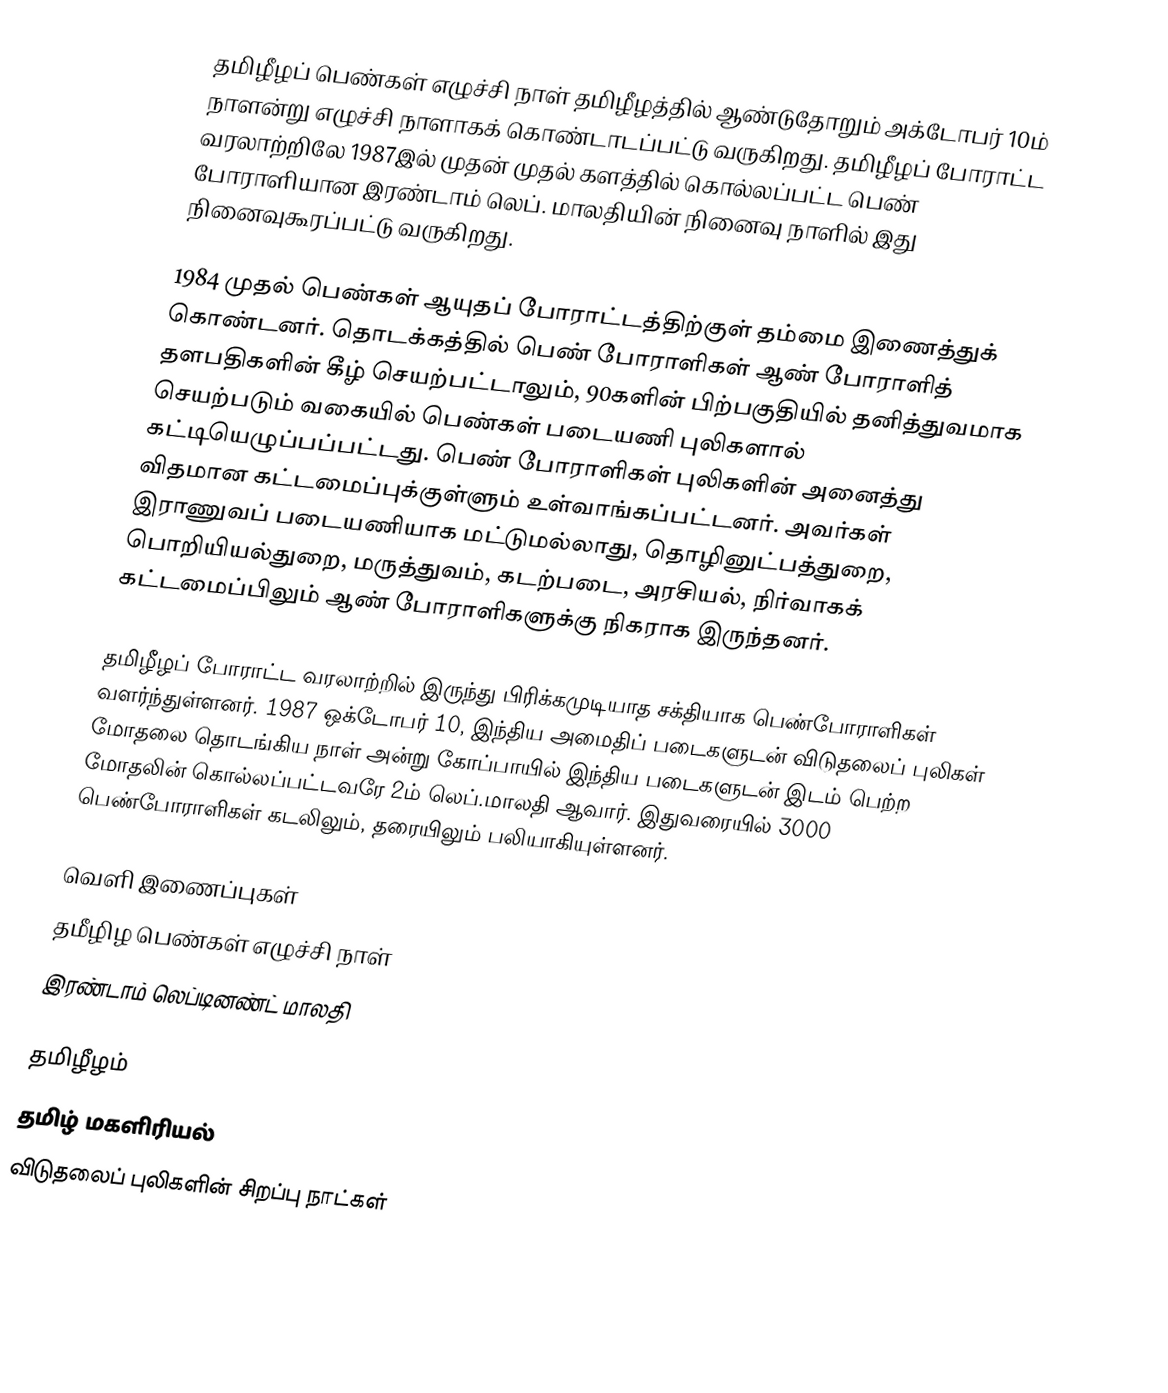
தமிழீழப் பெண்கள் எழுச்சி நாள் தமிழீழத்தில் ஆண்டுதோறும் அக்டோபர் 10ம் நாளன்று எழுச்சி நாளாகக் கொண்டாடப்பட்டு வருகிறது. தமிழீழப் போராட்ட வரலாற்றிலே 1987இல் முதன் முதல் களத்தில் கொல்லப்பட்ட பெண் போராளியான இரண்டாம் லெப். மாலதியின் நினைவு நாளில் இது நினைவுகூரப்பட்டு வருகிறது.

1984 முதல் பெண்கள் ஆயுதப் போராட்டத்திற்குள் தம்மை இணைத்துக் கொண்டனர். தொடக்கத்தில் பெண் போராளிகள் ஆண் போராளித் தளபதிகளின் கீழ் செயற்பட்டாலும், 90களின் பிற்பகுதியில் தனித்துவமாக செயற்படும் வகையில் பெண்கள் படையணி புலிகளால் கட்டியெழுப்பப்பட்டது. பெண் போராளிகள் புலிகளின் அனைத்து விதமான கட்டமைப்புக்குள்ளும் உள்வாங்கப்பட்டனர். அவர்கள் இராணுவப் படையணியாக மட்டுமல்லாது, தொழினுட்பத்துறை, பொறியியல்துறை, மருத்துவம், கடற்படை, அரசியல், நிர்வாகக் கட்டமைப்பிலும் ஆண் போராளிகளுக்கு நிகராக இருந்தனர்.

தமிழீழப் போராட்ட வரலாற்றில் இருந்து பிரிக்கமுடியாத சக்தியாக பெண்போராளிகள் வளர்ந்துள்ளனர். 1987 ஒக்டோபர் 10, இந்திய அமைதிப் படைகளுடன் விடுதலைப் புலிகள் மோதலை தொடங்கிய நாள் அன்று கோப்பாயில் இந்திய படைகளுடன் இடம் பெற்ற மோதலின் கொல்லப்பட்டவரே 2ம் லெப்.மாலதி ஆவார். இதுவரையில் 3000 பெண்போராளிகள் கடலிலும், தரையிலும் பலியாகியுள்ளனர்.

வெளி இணைப்புகள்
 தமீழிழ பெண்கள் எழுச்சி நாள்
 இரண்டாம் லெப்டினண்ட் மாலதி

தமிழீழம்
தமிழ் மகளிரியல்
விடுதலைப் புலிகளின் சிறப்பு நாட்கள்